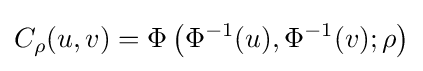
C_{\rho }(u,v)=\Phi \left(\Phi ^{-1}(u),\Phi ^{-1}(v);\rho \right)